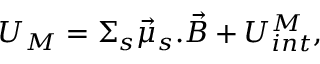
U _ { M } = \Sigma _ { s } \vec { \mu } _ { s } . \vec { B } + U _ { i n t } ^ { M } ,